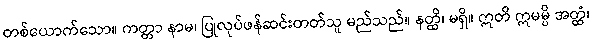
တစ်ယောက်သော။ ကတ္တာ နာမ၊ ပြုလုပ်ဖန်ဆင်းတတ်သူ မည်သည်။ နတ္ထိ၊ မရှိ။ ဣတိ ဣမမ္ပိ အတ္ထံ၊